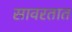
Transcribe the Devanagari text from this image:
सावरतात